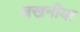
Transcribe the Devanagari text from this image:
जखनीया